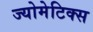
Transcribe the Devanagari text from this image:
ज्योमेटिक्स